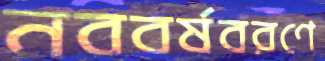
নববর্ষবরণে